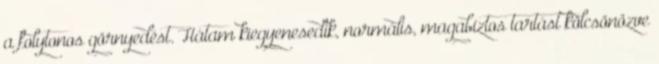
a folytonos görnyedést. Hátam kiegyenesedik, normális, magabiztos tartást kölcsönözve